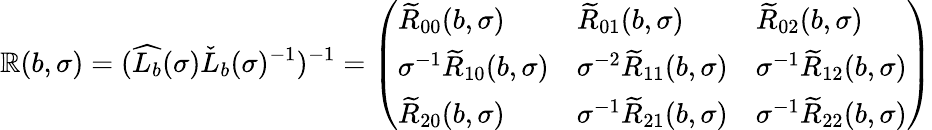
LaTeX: \mathbb{R}(b,\sigma)=(\widehat{{L_{b}}}(\sigma)\check{{L}}_{b}(\sigma)^{-1})^{-1}=\left(\begin{array}{lll}{\widetilde{R}_{00}(b,\sigma)}&{\widetilde{R}_{01}(b,\sigma)}&{\widetilde{R}_{02}(b,\sigma)}\\ {\sigma^{-1}\widetilde{R}_{10}(b,\sigma)}&{\sigma^{-2}\widetilde{R}_{11}(b,\sigma)}&{\sigma^{-1}\widetilde{R}_{12}(b,\sigma)}\\ {\widetilde{R}_{20}(b,\sigma)}&{\sigma^{-1}\widetilde{R}_{21}(b,\sigma)}&{\sigma^{-1}\widetilde{R}_{22}(b,\sigma)}\end{array}\right)